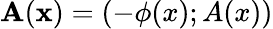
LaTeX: \mathbf{A}(\mathbf{x})=(-\phi(x);A(x))